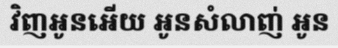
វិញអូនអើយ អូនសំលាញ់ អូន